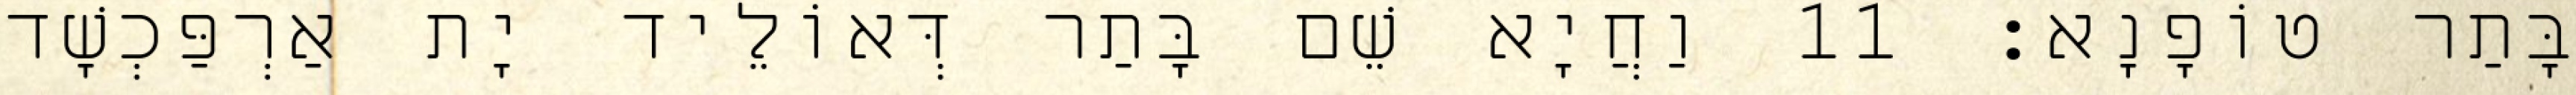
בָּתַר טוֹפָנָא׃ 11 וַחֲיָא שֵׁם בָּתַר דְּאוֹלֵיד יָת אַרְפַּכְשָׁד